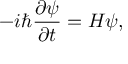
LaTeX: - i \hbar \frac { \partial \psi } { \partial t } = H \psi ,